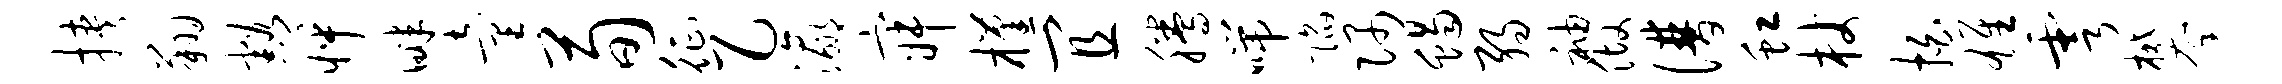
挟翔豁怦畔童荀征乙瀛寂槿宜腾喘陷隅蝎弱袖做谱虹杖拍雄雩攀